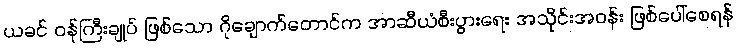
ယခင် ဝန်ကြီးချုပ် ဖြစ်သော ဂိုချောက်တောင်က အာဆီယံစီးပွားရေး အသိုင်းအဝန်း ဖြစ်ပေါ်စေရန်